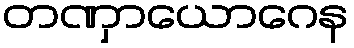
တဏှာယောဂေန